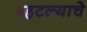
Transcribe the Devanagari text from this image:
म्हटल्याचे